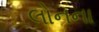
લોનના